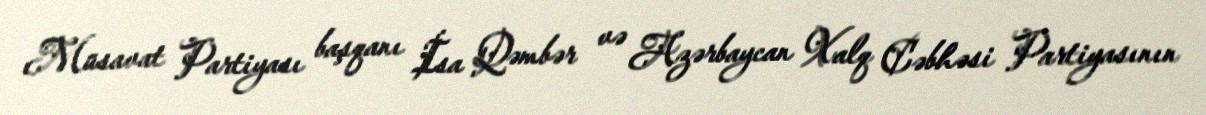
Müsavat Partiyası başqanı İsa Qəmbər və Azərbaycan Xalq Cəbhəsi Partiyasının